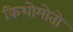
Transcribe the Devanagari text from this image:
किशोमोतो